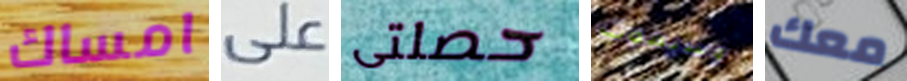
امساك على حصلتى وسيموت معك